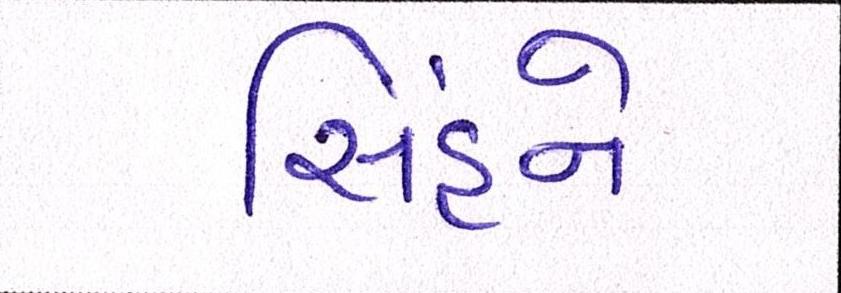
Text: સિંહને